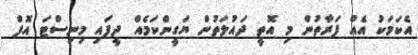
އެކަމަކު އެއް ފަރާތުން މި އޮތީ ދައުލަތުން ޔަގީންކަމެއް ދީފައި މިނިސްޓަ އޮފް